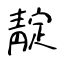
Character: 靛